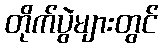
တိုက်ပွဲများတွင်